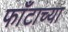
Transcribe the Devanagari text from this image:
फाँटाच्या